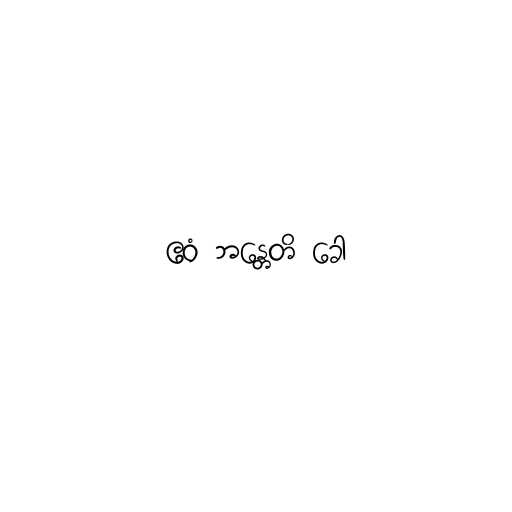
ဧဝံ ဘန္တေတိ ခေါ